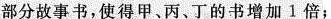
部分故事书，使得甲、丙、丁的书增加1倍；